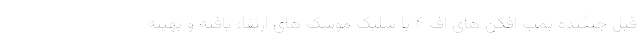
قبل جنگنده بمب افکن های اف ۴ با شلیک موشک های ارتقاء یافته و بهینه